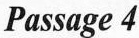
Passage 4